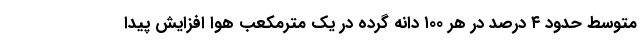
متوسط حدود ۴ درصد در هر ۱۰۰ دانه گرده در یک مترمکعب هوا افزایش پیدا